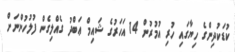
ކުޑަކުދިންގެ ހިޔާގައި ހުރި އުމުރުން 14 އަހަރުގެ ޝައިމް ޢަބްދު ގެއްލިގެން ފުލުހުންނަށް